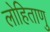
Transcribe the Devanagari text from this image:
लोहिताणु